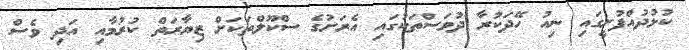
ކުޅުދުއްފުށީގައި ނިއު ހޭދަކުރާ ދުވަސްތަކުގައި އެރަށުގެ ސްކޫލްތަކަށް ޒިޔާރަތް ކުރުމާއި އަދި ވެސް